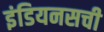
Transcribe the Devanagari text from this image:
इंडियनसची